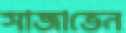
সাজাতেন